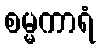
စမ္မကာရံ